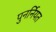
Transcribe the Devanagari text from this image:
पुनर्नियत